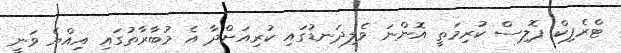
ޓްރެފިކް ޕޮލިސް ކުރިމަތީ އޮންނަ ވެލިދަނޑުގައި ކުރިއަށްދާ އެ މުބާރާތުގައި އިއްޔެ ވަނީ